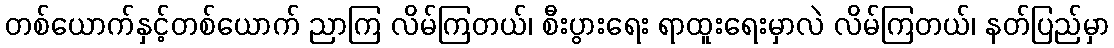
တစ်ယောက်နှင့်တစ်ယောက် ညာကြ လိမ်ကြတယ်၊ စီးပွားရေး ရာထူးရေးမှာလဲ လိမ်ကြတယ်၊ နတ်ပြည်မှာ